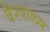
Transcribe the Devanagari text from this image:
वैश्यालय